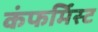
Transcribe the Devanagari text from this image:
कंफर्मिस्ट